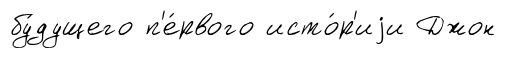
бу́дущего п'е́рвого исто́р'иjи Джон